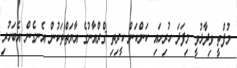
މުފްތީ ވިދާޅުވީ މިފަދަ ހުރިހައި ކަންކަން ކީރިތި ޤްރްއާނުގެ އާޔަތްތަކުން އެނގެން އެބަހުރި